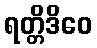
ရတ္တိဒိဝေ